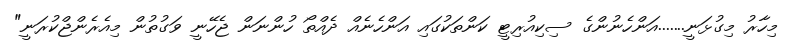
މިހާރު މިގުޅަނީ.......އަންހެނުންގެ ސިކިއުރިޓީ ކަންތަކުގައި އަންހެނެއް ދެއްތޯ ހުންނަން ޖެހޭނީ ވަގުތުން މިއެރެންޖްކުރަނީ"